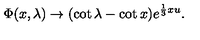
\Phi ( x , \lambda ) \rightarrow ( \cot \lambda - \cot x ) e ^ { \frac { 1 } { 3 } x u } .